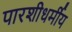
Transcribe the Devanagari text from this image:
पारशीधर्मीय